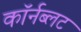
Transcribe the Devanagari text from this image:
कॉर्नब्लट